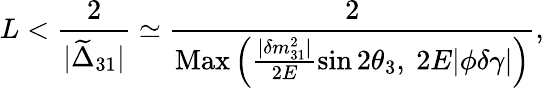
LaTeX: L<\frac{2}{|\widetilde{\Delta}_{31}|}\simeq\frac{2}{\mathrm{Max}\left(\frac{|\delta m_{31}^{2}|}{2E}\sin 2\theta_{3},\ 2E|\phi\delta\gamma|\right)},